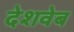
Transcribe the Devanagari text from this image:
देशवेब